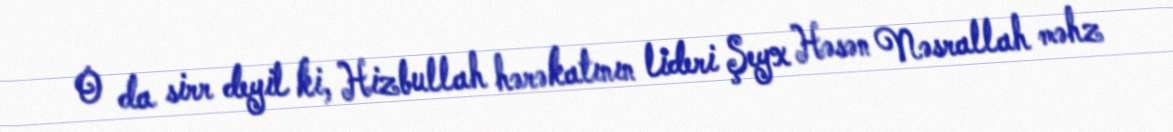
O da sirr deyil ki, Hizbullah hərəkatının lideri Şeyx Həsən Nəsrallah məhz